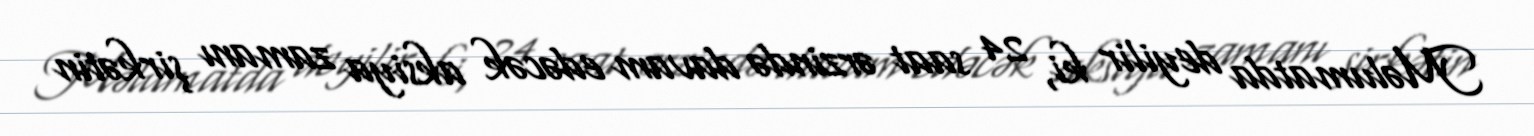
Məlumatda deyilir ki, 24 saat ərzində davam edəcək aksiya zamanı şirkətin